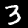
Label: 3